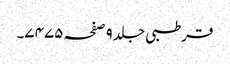
قرطبی جلد ٩ صفحہ ٧٤٧٥۔